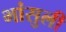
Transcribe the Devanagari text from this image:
भांसुली